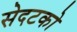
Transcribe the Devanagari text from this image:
सेदटको